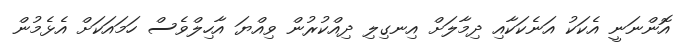
އޮންނަނީ އެކަކު އަނެކަކާއި ދިމާލަށް އިނގިލި ދިއްކުރުން ވިއްޔަ އާހިލްވެސް ހަމައަކަށް އެޅެމުން